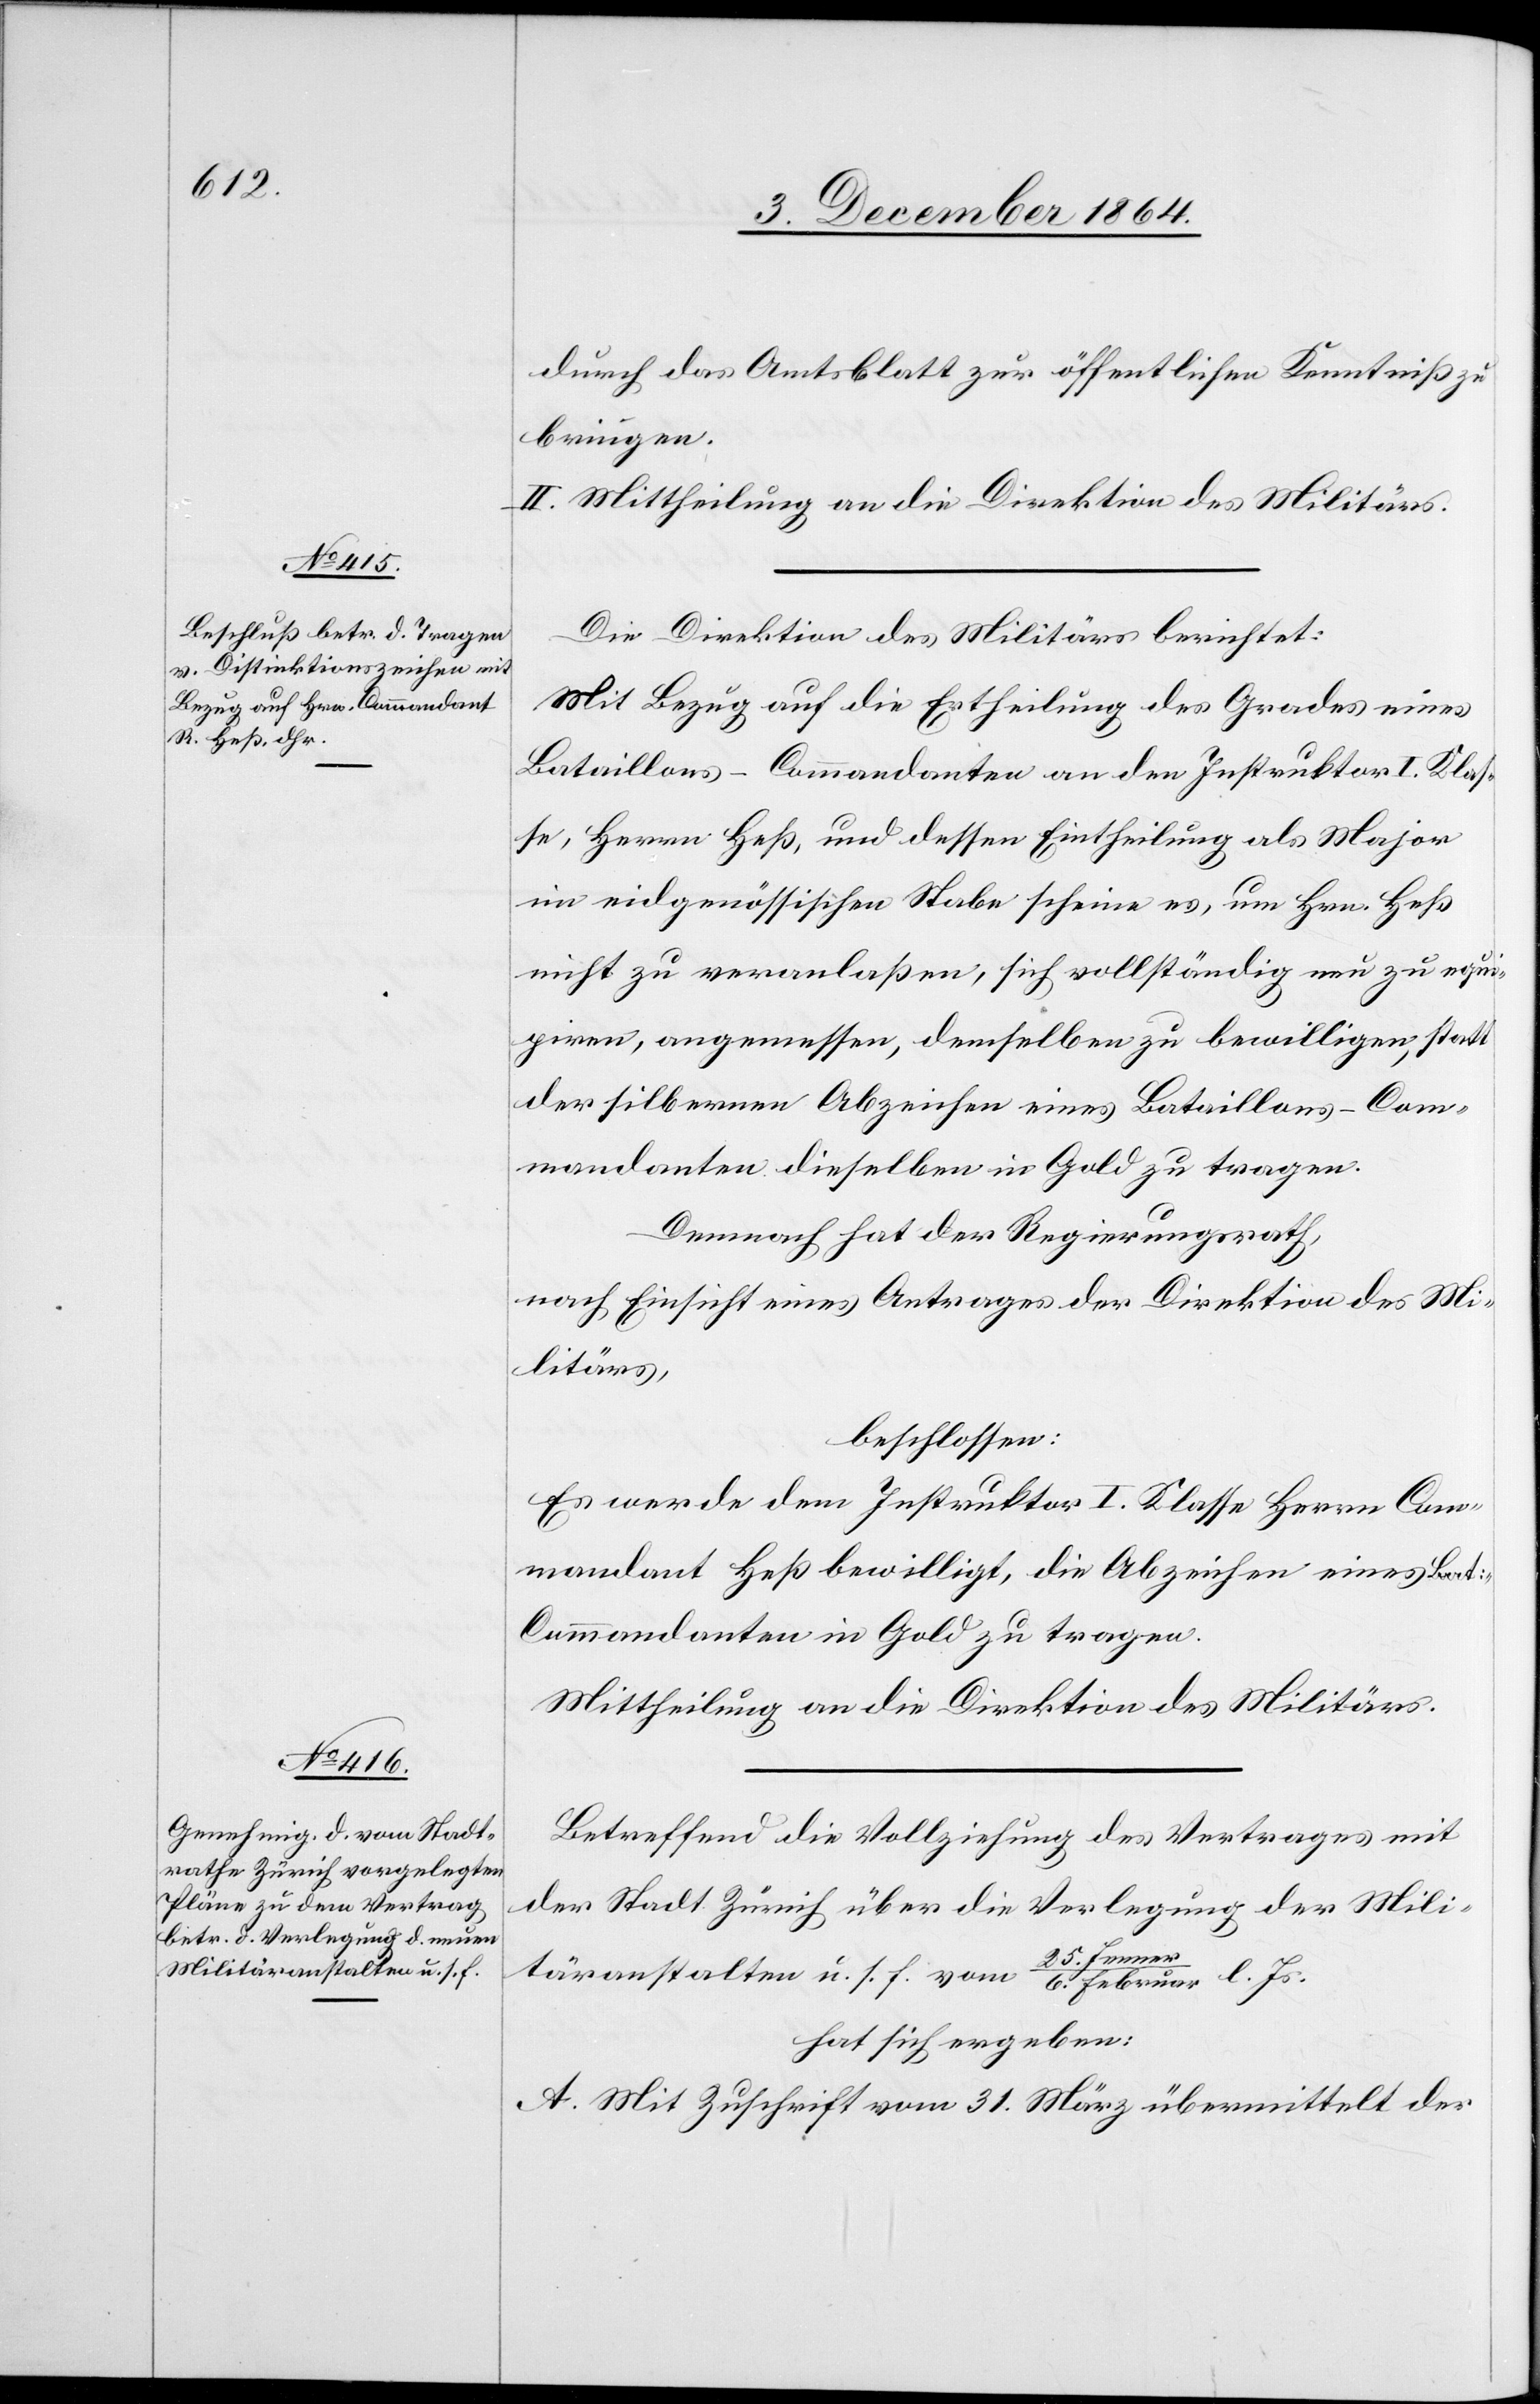
itäranstalten u. s. f.

durch das Amtsblatt zur öffentlichen Kenntniß zu
bringen.
II. Mittheilung an die Direktion des Militärs.
Die Direktion des Militärs berichtet:
Mit Bezug auf die Ertheilung des Grades eines
Bataillons-Commandanten an den Instruktor I. Klas¬
se, Herrn Heß, und dessen Eintheilung als Major
im eidgenössischen Stabe scheine es, um Hrn. Heß
nicht zu veranlaßen, sich vollständig neu zu equi¬
piren, angemessen, demselben zu bewilligen, statt
der silbernen Abzeichen eines Bataillons-Com¬
mandanten dieselben in Gold zu tragen.
Demnach hat der Regierungsrath,
nach Einsicht eines Antrages der Direktion des Mi¬
litärs,
beschlossen:
Es werde dem Instruktor I. Klasse Herrn Com¬
mandant Heß bewilligt, die Abzeichen eines Ba¬
t.-Commandanten in Gold zu tragen.
Mittheilung an die Direktion des Militärs.
Betreffend die Vollziehung des Vertrages mit
der Stadt Zürich über die Verlegung der Mil¬
25.
l. Js.
hat sich ergeben:
A. Mit Zuschrift vom 31. März übermittelt der